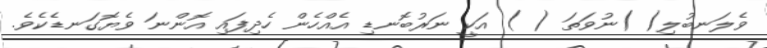
ވެލަނބުލި( )ނުވަތަ ( ) އަކީ ނަރުބޮނޑި އެއްހެން ހެދިފައި އޮންނަ ވެޔޮގަނޑެކެވެ.